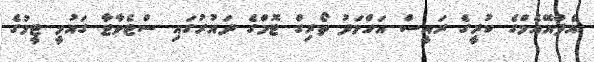
އެފްއޭއެމްގެ ކުރީގެ ރައީސް އަހްމަދު ތޯރިގް ޓޮމްގެ ދައުރުގައި ސްޓެވާޓާ ގައުމީ ޓީމުގެ